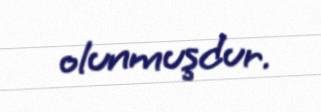
olunmuşdur.